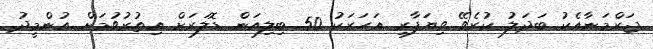
ޖަރްމަނާއެކު ބަދަލު ކުރެވޭ ވިޔަފާރި އަހަރަކު 50 ބިލިއަން ޑޮލަރަށް އިތުރުވުމަށް އުންމީދު